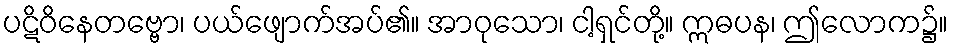
ပဋိဝိနေတဗ္ဗော၊ ပယ်ဖျောက်အပ်၏။ အာဝုသော၊ ငါ့ရှင်တို့။ ဣဓပန၊ ဤလောက၌။